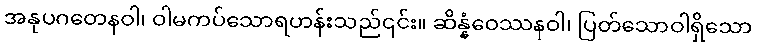
အနုပဂတေနဝါ၊ ဝါမကပ်သောရဟန်းသည်၎င်း။ ဆိန္နံဝေဿနဝါ၊ ပြတ်သောဝါရှိသော